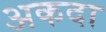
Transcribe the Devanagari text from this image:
अकदा